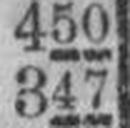
347